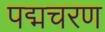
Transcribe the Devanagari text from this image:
पद्मचरण